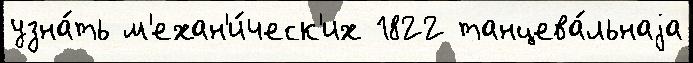
узна́ть м'ехан'и́ческ'их 1822 танцева́льнаjа